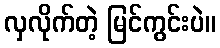
လှလိုက်တဲ့ မြင်ကွင်းပဲ။